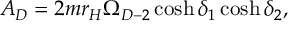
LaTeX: A _ { D } = 2 m r _ { H } \Omega _ { D - 2 } \cosh \delta _ { 1 } \cosh \delta _ { 2 } ,